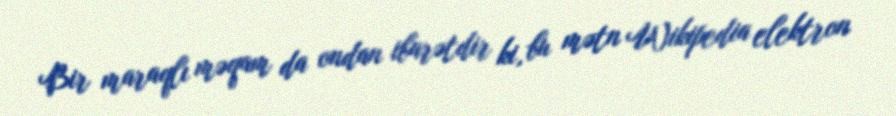
Bir maraqlı məqam da ondan ibarətdir ki, bu mətn Wikipedia elektron